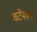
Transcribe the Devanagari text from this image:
वर्टेमबर्ग